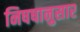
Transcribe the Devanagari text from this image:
निषषानुसार